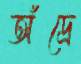
অঁদ্রে